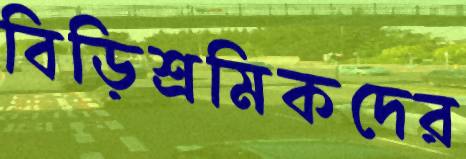
বিড়িশ্রমিকদের